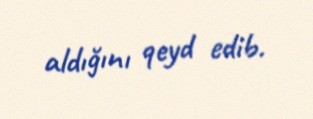
aldığını qeyd edib.